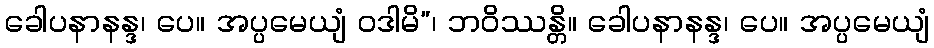
ခေါပနာနန္ဒ၊ ပေ။ အပ္ပမေယျံ ဝဒါမိ”၊ ဘဝိဿန္တိ။ ခေါပနာနန္ဒ၊ ပေ။ အပ္ပမေယျံ